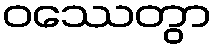
ဝဿေတွာ